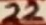
Text: 22